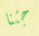
جئنا